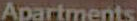
Apartments